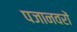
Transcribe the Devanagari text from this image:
पजानवरों